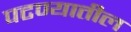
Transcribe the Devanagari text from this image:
पटण्यातील